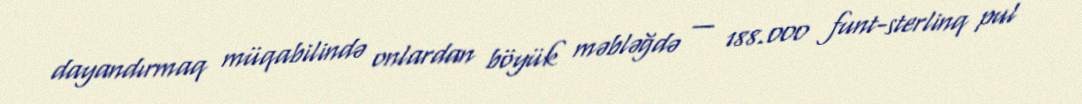
dayandırmaq müqabilində onlardan böyük məbləğdə — 188.000 funt-sterlinq pul